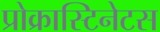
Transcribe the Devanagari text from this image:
प्रोक्रास्टिनेटस